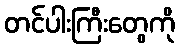
တင်ပါးကြီးတွေကို